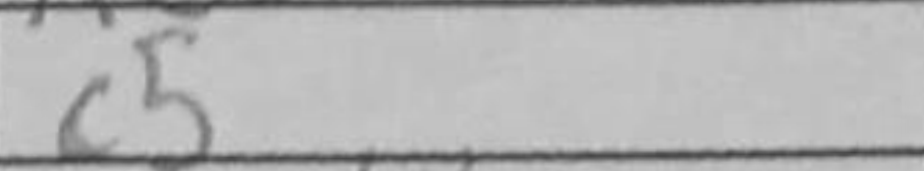
Transcription: c5